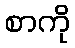
စာကို